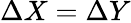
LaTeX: \Delta X=\Delta Y